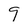
Character: 9